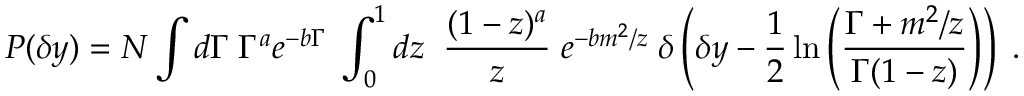
P ( \delta y ) = N \int d \Gamma \; \Gamma ^ { a } e ^ { - b \Gamma } \; \int _ { 0 } ^ { 1 } d z \; \; \frac { ( 1 - z ) ^ { a } } { z } \; e ^ { - b m ^ { 2 } / z } \; \delta \left( \delta y - \frac { 1 } { 2 } \ln \left( \frac { \Gamma + m ^ { 2 } / z } { \Gamma ( 1 - z ) } \right) \right) \; .